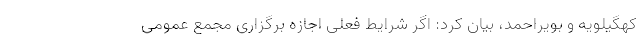
کهگیلویه و بویراحمد، بیان کرد: اگر شرایط فعلی اجازه برگزاری مجمع عمومی